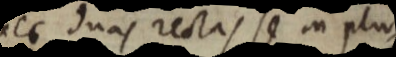
nec duas rectas se in plu